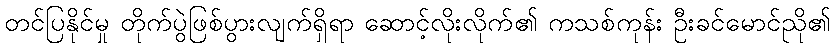
တင်ပြနိုင်မှု တိုက်ပွဲဖြစ်ပွားလျက်ရှိရာ ဆောင့်လိုးလိုက်၏ ကသစ်ကုန်း ဦးခင်မောင်ညို၏